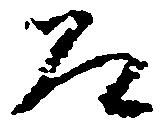
道